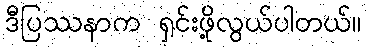
ဒီပြဿနာက ရှင်းဖို့လွယ်ပါတယ်။